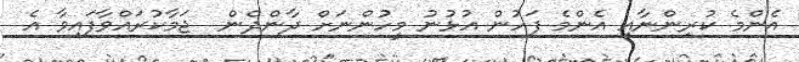
އެންމެ ކުރިންނާއި އެންމެ ފަހުން އުޅުނު މީހުންނަށް ދާންދެން  ޖަމާކުރައްވާފައިވާ އެ